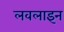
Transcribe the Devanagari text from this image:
लवलाइन